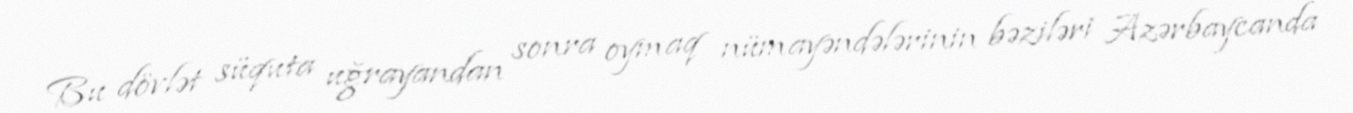
Bu dövlət süquta uğrayandan sonra oymaq nümayəndələrinin bəziləri Azərbaycanda